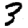
Digit: 3